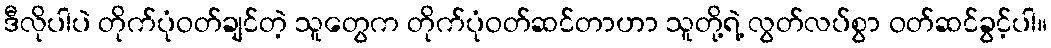
ဒီလိုပါပဲ တိုက်ပုံဝတ်ချင်တဲ့ သူတွေက တိုက်ပုံဝတ်ဆင်တာဟာ သူတို့ရဲ့ လွတ်လပ်စွာ ဝတ်ဆင်ခွင့်ပါ။